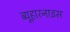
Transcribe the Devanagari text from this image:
ब्यूहारनाइस